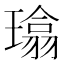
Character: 𪼜